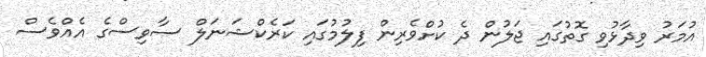
އުމަރު ވިދާޅުވި ގޮތުގައި ޖަލުން ދެ ކުށްވެރިން ފިލުމުގައި ކަރެކްޝަނަލް ސާވިސްގެ އެއްވެސް